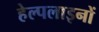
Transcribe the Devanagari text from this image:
हेल्पलाइनों